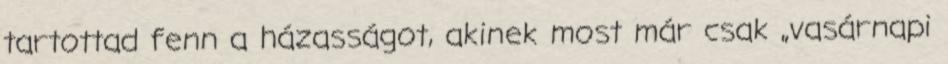
tartottad fenn a házasságot, akinek most már csak „vasárnapi